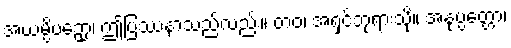
အယမ္ပိပဉှော၊ ဤပြဿနာသည်လည်း။ တဝ၊ အရှင်ဘုရားသို့။ အနုပ္ပတ္တော၊